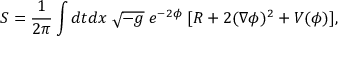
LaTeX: { \cal S } = \frac { 1 } { 2 \pi } \int d t d x \; \sqrt { - g } \; e ^ { - 2 \phi } \; [ R + 2 ( \nabla \phi ) ^ { 2 } + V ( \phi ) ] ,